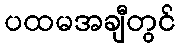
ပထမအချီတွင်